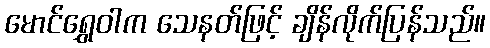
မောင်ရွှေဝါက သေနတ်ဖြင့် ချိန်လိုက်ပြန်သည်။